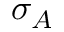
\sigma _ { A }